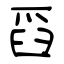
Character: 舀